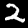
Digit: 2